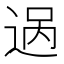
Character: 𬨨